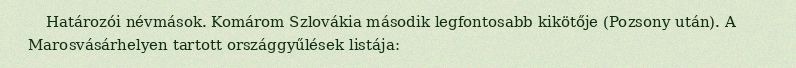
Határozói névmások. Komárom Szlovákia második legfontosabb kikötője (Pozsony után). A Marosvásárhelyen tartott országgyűlések listája: